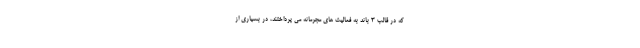
که در قالب 3 باند به فعالیت های مجرمانه می پرداختند، در بسیاری از